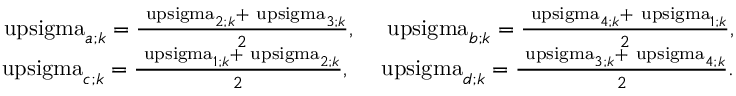
\begin{array} { r } { \mathrm { \ u p s i g m a } _ { a ; k } = \frac { \mathrm { \ u p s i g m a } _ { 2 ; k } + \mathrm { \ u p s i g m a } _ { 3 ; k } } { 2 } , \quad \mathrm { \ u p s i g m a } _ { b ; k } = \frac { \mathrm { \ u p s i g m a } _ { 4 ; k } + \mathrm { \ u p s i g m a } _ { 1 ; k } } { 2 } , } \\ { \mathrm { \ u p s i g m a } _ { c ; k } = \frac { \mathrm { \ u p s i g m a } _ { 1 ; k } + \mathrm { \ u p s i g m a } _ { 2 ; k } } { 2 } , \quad \mathrm { \ u p s i g m a } _ { d ; k } = \frac { \mathrm { \ u p s i g m a } _ { 3 ; k } + \mathrm { \ u p s i g m a } _ { 4 ; k } } { 2 } . } \end{array}